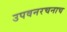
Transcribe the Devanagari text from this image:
उपवनरचनाच